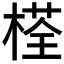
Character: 𣗎